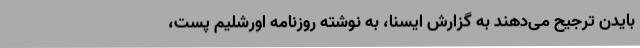
بایدن ترجیح می‌دهند به گزارش ایسنا، به نوشته روزنامه اورشلیم پست،